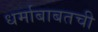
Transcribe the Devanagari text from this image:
धर्माबाबतची